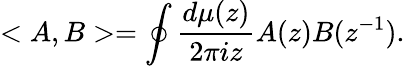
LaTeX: <A,B>=\oint\frac{d\mu(z)}{2\pi iz}A(z)B(z^{-1}).